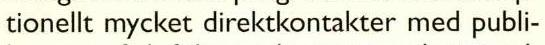
tionellt mycket direktkontakter med publi-